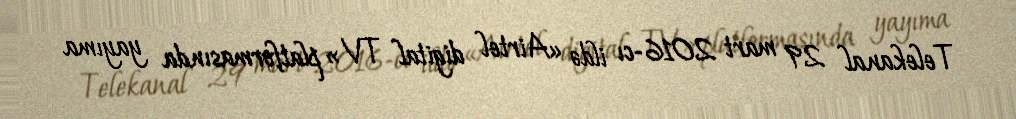
Telekanal 29 mart 2016-cı ildə «Airtel digital TV» platformasında yayıma